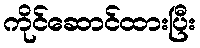
ကိုင်ဆောင်ထားပြီး